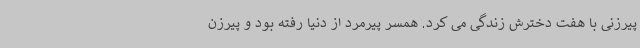
پیرزنی با هفت دخترش زندگی می کرد. همسر پیرمرد از دنیا رفته بود و پیرزن